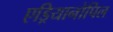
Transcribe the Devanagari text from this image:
एड्रियानोपिल